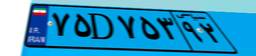
۲۹D۳۰۴۹۱